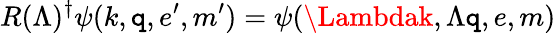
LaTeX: R(\Lambda)^{\dagger}\psi(k,\mathtt{q},e^{\prime},m^{\prime})=\psi(\Lambdak,\Lambda\mathtt{q},e,m)